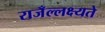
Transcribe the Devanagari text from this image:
राजँल्लक्ष्यते